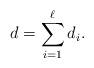
LaTeX: \begin{align*}d=\sum_{i=1}^\ell d_i.\end{align*}